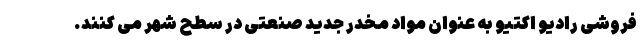
فروشی رادیو اکتیو به عنوان مواد مخدر جدید صنعتی در سطح شهر می کنند.